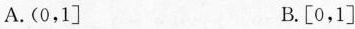
A.(0，1] B.[0，1]